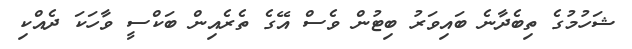
ޝަހުމުގެ ތިބެދާނެ ބައިވަރު ބިޓުން ވެސް އޭގެ ތެރެއިން ބަކްސީ ވާހަކަ ދެއްކި